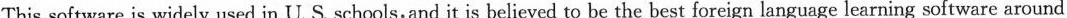
This software is widely used in U.S. Schools,and it is believed to be the best foreign language learning software around